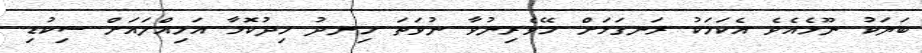
ބަޔަކު ނޫޅެއެވެ އެކަމަކު ރަނގަޅަށް ހޭވެރިނުވާ ނުވަތަ ހިނދު ހިދުކޮޅާ އަމިއްލައަށް ސިކުޑި